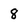
Character: 8